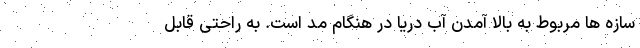
سازه ها مربوط به بالا آمدن آب دریا در هنگام مد است. به راحتی قابل